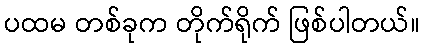
ပထမ တစ်ခုက တိုက်ရိုက် ဖြစ်ပါတယ်။